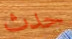
حدث